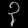
Digit: ၃